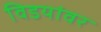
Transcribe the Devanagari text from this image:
विडयांवर